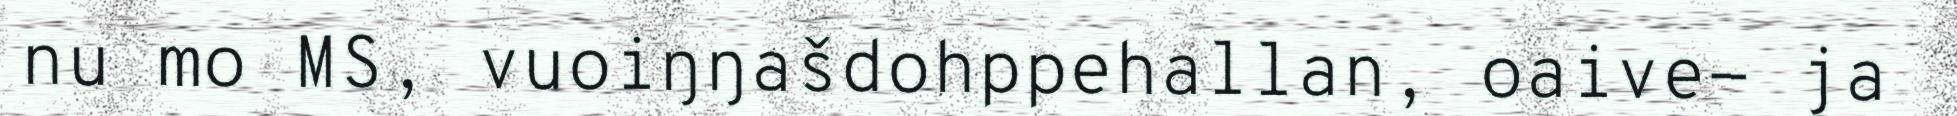
nu mo MS, vuoiŋŋašdohppehallan, oaive- ja